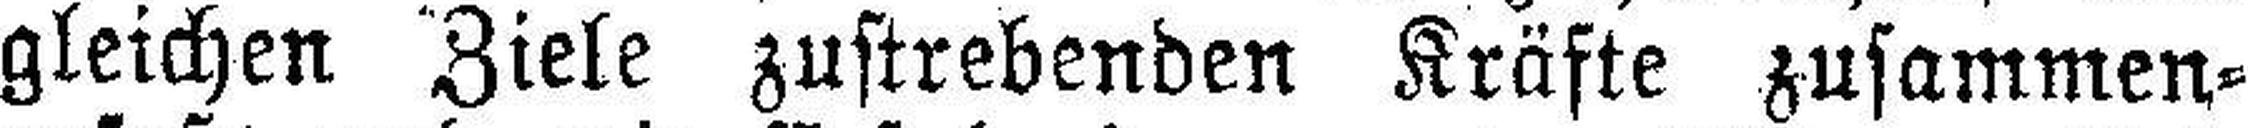
gleichen Ziele zustrebenden Kräfte zusammen¬